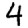
Digit: 4